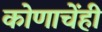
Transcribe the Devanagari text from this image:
कोणाचेंही